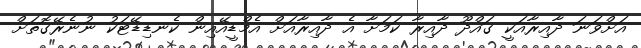
އަށްވަނަ ދާއިރާއަކީ ގައްދޫ ދާއިރާ ކަމަށާ އެ ދާއިރާއަށް އެމްޑީއޭއިން ކެނޑިޑޭޓަކު ނުނެރޭގޮތަށް